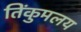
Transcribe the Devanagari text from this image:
तिंकुमलय